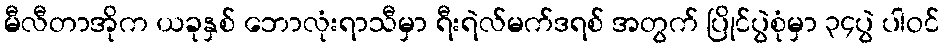
မီလီတာအိုက ယခုနှစ် ဘောလုံးရာသီမှာ ရီးရဲလ်မက်ဒရစ် အတွက် ပြိုင်ပွဲစုံမှာ ၃၄ပွဲ ပါဝင်